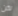
لكن